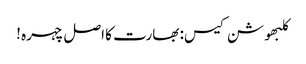
کلبھوشن کیس: بھارت کا اصل چہرہ !